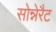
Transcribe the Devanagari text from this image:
सोन्नेरैट